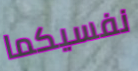
نفسيكما